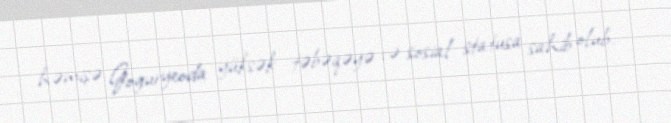
həmişə Goguryeoda yüksək təbəqəyə və sosial statusa sahib olub.